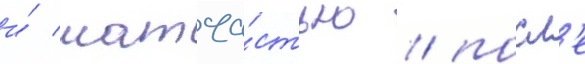
и́ матча́стью / посл'е